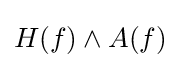
H(f)\land A(f)